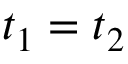
t _ { 1 } = t _ { 2 }